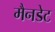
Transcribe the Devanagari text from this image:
मैनडेट